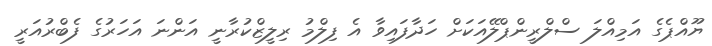
ޔޫއްޕެގެ އަމިއްލަ ސްލްރީންޕްލޭއަކަށް ހަދާފައިވާ އެ ފިލްމު ރިލީޒްކުރާނީ އަންނަ އަހަރުގެ ފެބްރުއަރީ